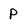
Character: P